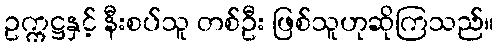
ဥက္ကဋ္ဌနှင့် နီးစပ်သူ တစ်ဦး ဖြစ်သူဟုဆိုကြသည်။